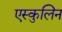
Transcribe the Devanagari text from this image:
एस्कुलिन